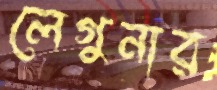
লেগুনার